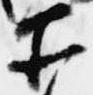
所